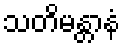
သတိမန္တာနံ